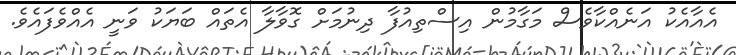
އެއާއެކު އަނެއްކާވެސް މަގާމުން އިސްތިއުފާ ދިނުމަށް ގޮވާލާ އެތައް ބަޔަކު ވަނީ އެއްވެފައެވެ.